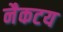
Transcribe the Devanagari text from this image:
नैकटय